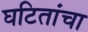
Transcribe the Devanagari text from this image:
घटितांचा